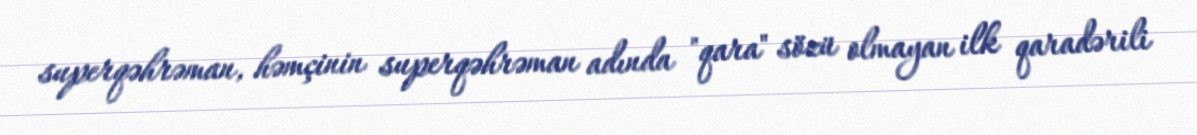
superqəhrəman, həmçinin superqəhrəman adında "qara" sözü olmayan ilk qaradərili